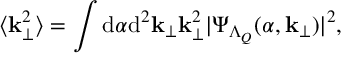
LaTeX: \langle { \bf k } _ { \perp } ^ { 2 } \rangle = \int \mathrm { d } \alpha \mathrm { d } ^ { 2 } { \bf k } _ { \perp } { \bf k } _ { \perp } ^ { 2 } | \Psi _ { \Lambda _ { Q } } ( \alpha , { \bf k } _ { \perp } ) | ^ { 2 } ,